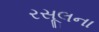
રસૂલના